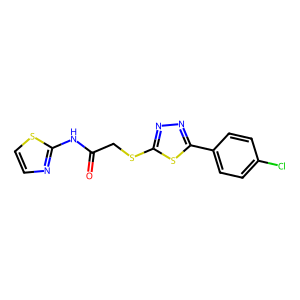
SMILES: O=C(CSc1nnc(-c2ccc(Cl)cc2)s1)Nc1nccs1
Inhibits HIV replication: No